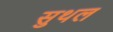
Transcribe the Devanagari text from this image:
सुथल